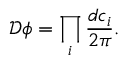
{ \mathcal { D } } \phi = \prod _ { i } { \frac { d c _ { i } } { 2 \pi } } .